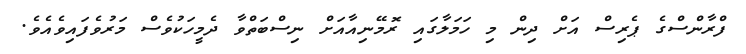
ފްރާންސްގެ ޕެރިސް އަށް ދިން މި ހަމަލާގައި ރޮމޭނިއާއަށް ނިސްބަތްވާ ދެމީހަކުވެސް މަރުވެފައިވެއެވެ.